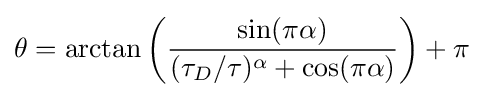
\theta =\arctan \left({\sin(\pi \alpha ) \over (\tau _{D}/\tau )^{\alpha }+\cos(\pi \alpha )}\right)+\pi